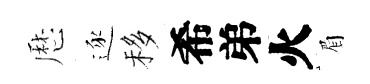
厯逐移希弟火眉